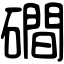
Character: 磵